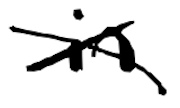
Text: in
Cross-out: cross
Writing tool: digital_black